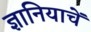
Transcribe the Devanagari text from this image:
ज्ञानियाचें